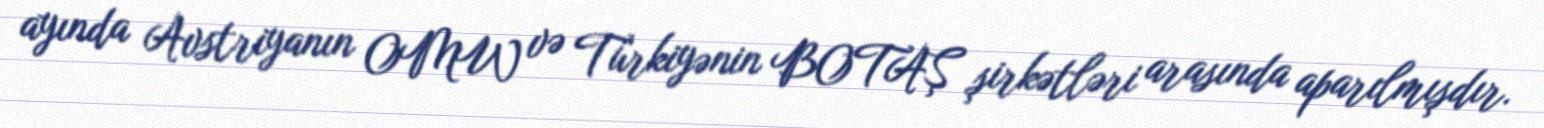
ayında Avstriyanın OMW və Türkiyənin BOTAŞ şirkətləri arasında aparılmışdır.